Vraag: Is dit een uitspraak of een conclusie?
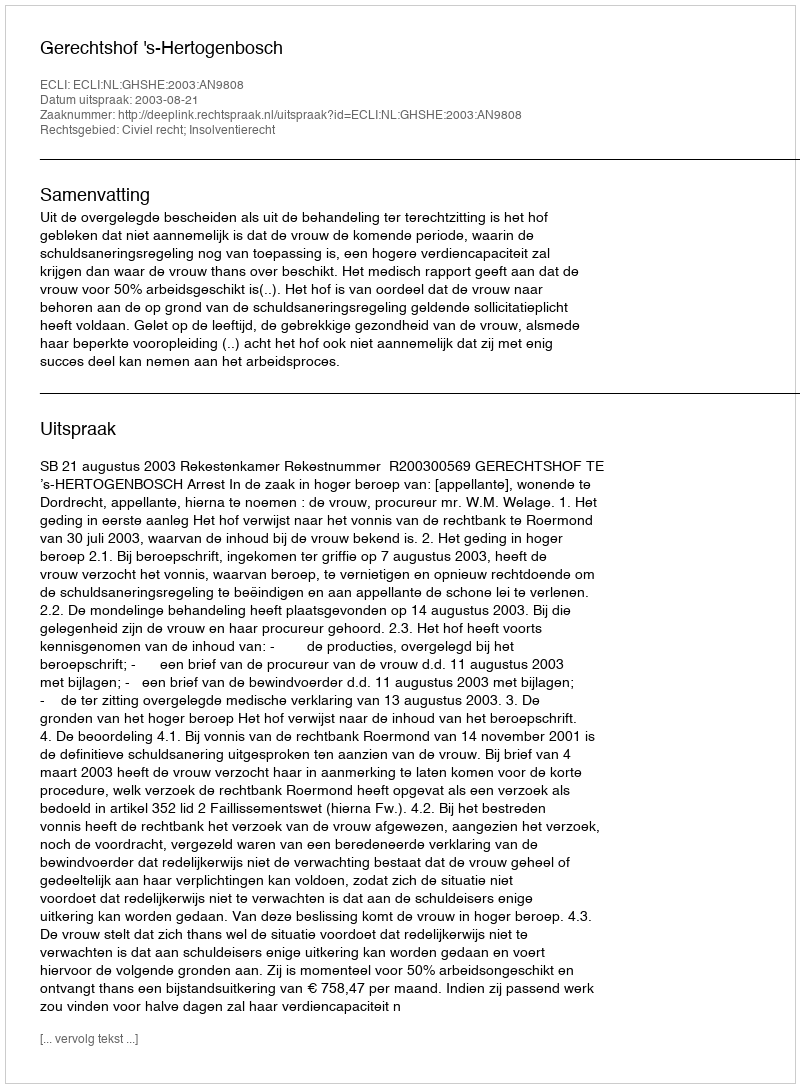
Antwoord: Uitspraak